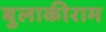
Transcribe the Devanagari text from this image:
बुलाकीराम